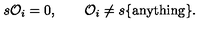
s { \cal O } _ { i } = 0 , \quad \quad { \cal O } _ { i } \ne s \{ \mathrm { a n y t h i n g } \} .